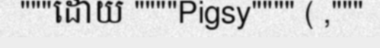
"""ដោយ """"Pigsy"""" ( ,"""